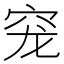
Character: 𰩅